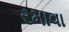
રમાવા